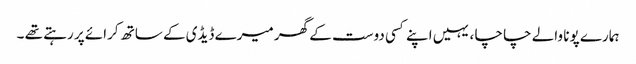
ہمارے پونا والے چا چا ، یہیں اپنے کسی دوست کے گھر میرے ڈیڈی کے ساتھ کرائے پر رہتے تھے ۔